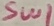
Text: SW1